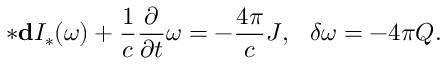
* { \bf d } { \cal I } _ { * } ( \omega ) + \frac { 1 } { c } \frac { \partial } { \partial t } \omega = - \frac { 4 \pi } { c } { \cal J } , \ \ \delta \omega = - 4 \pi { \cal Q } .